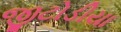
જીટોડીયા